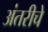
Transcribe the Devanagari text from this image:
अंतरीचे